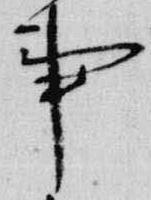
事